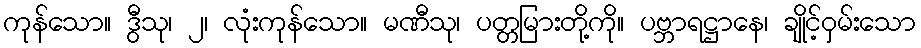
ကုန်သော။ ဒွီသု၊ ၂၊ လုံးကုန်သော။ မဏီသု၊ ပတ္တမြားတို့ကို။ ပဗ္ဘာရဋ္ဌာနေ၊ ချိုင့်ဝှမ်းသော